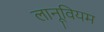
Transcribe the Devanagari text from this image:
लानूवियम